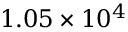
1 . 0 5 \times 1 0 ^ { 4 }